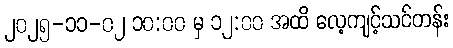
၂၀၂၅-၁၁-၀၂ ၁၀:၀၀ မှ ၁၂:၀၀ အထိ လေ့ကျင့်သင်တန်း